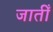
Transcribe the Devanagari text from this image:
जातीँ